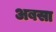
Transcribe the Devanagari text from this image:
अबसा